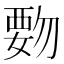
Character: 覅